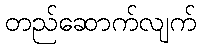
တည်ဆောက်လျက်